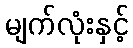
မျက်လုံးနှင့်